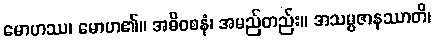
မောဟဿ၊ မောဟ၏။ အဓိဝစနံ၊ အမည်တည်း။ အသမ္ပဇာနဿာတိ၊